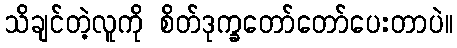
သိချင်တဲ့လူကို စိတ်ဒုက္ခတော်တော်ပေးတာပဲ။